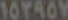
10440